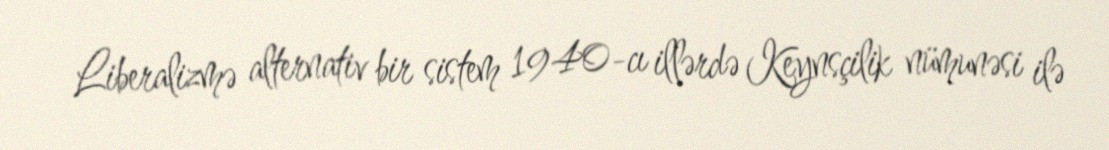
Liberalizmə alternativ bir sistem 1940-cı illərdə Keynsçilik nümunəsi ilə